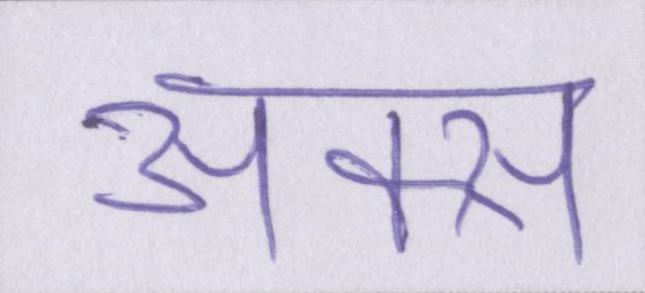
अक्स